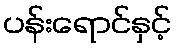
ပန်းရောင်နှင့်